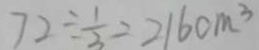
7 2 \div \frac { 1 } { 3 } = 2 1 6 c m ^ { 3 }